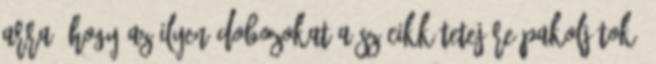
arra, hogy az ilyen dobozokat a szócikk tetejére pakoljátok?